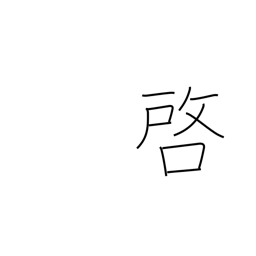
Meaning: disclose